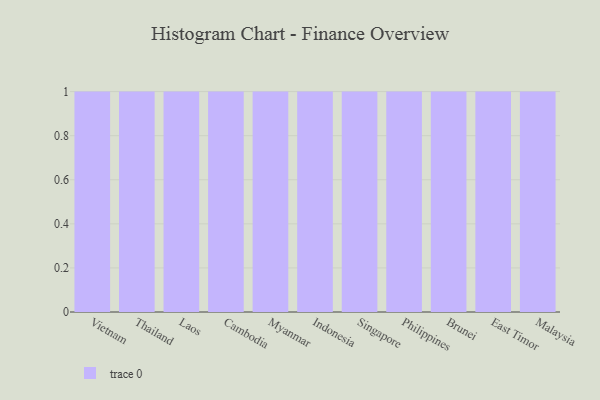
{"axis": {"x": "Country", "y": "Churn Rate (%)"}, "legend": [""], "data": [{"x": "Vietnam", "y": 59, "type": ""}, {"x": "Thailand", "y": 57, "type": ""}, {"x": "Laos", "y": 85, "type": ""}, {"x": "Cambodia", "y": 44, "type": ""}, {"x": "Myanmar", "y": 41, "type": ""}, {"x": "Indonesia", "y": 76, "type": ""}, {"x": "Singapore", "y": 85, "type": ""}, {"x": "Philippines", "y": 20, "type": ""}, {"x": "Brunei", "y": 64, "type": ""}, {"x": "East Timor", "y": 7, "type": ""}, {"x": "Malaysia", "y": 38, "type": ""}]}